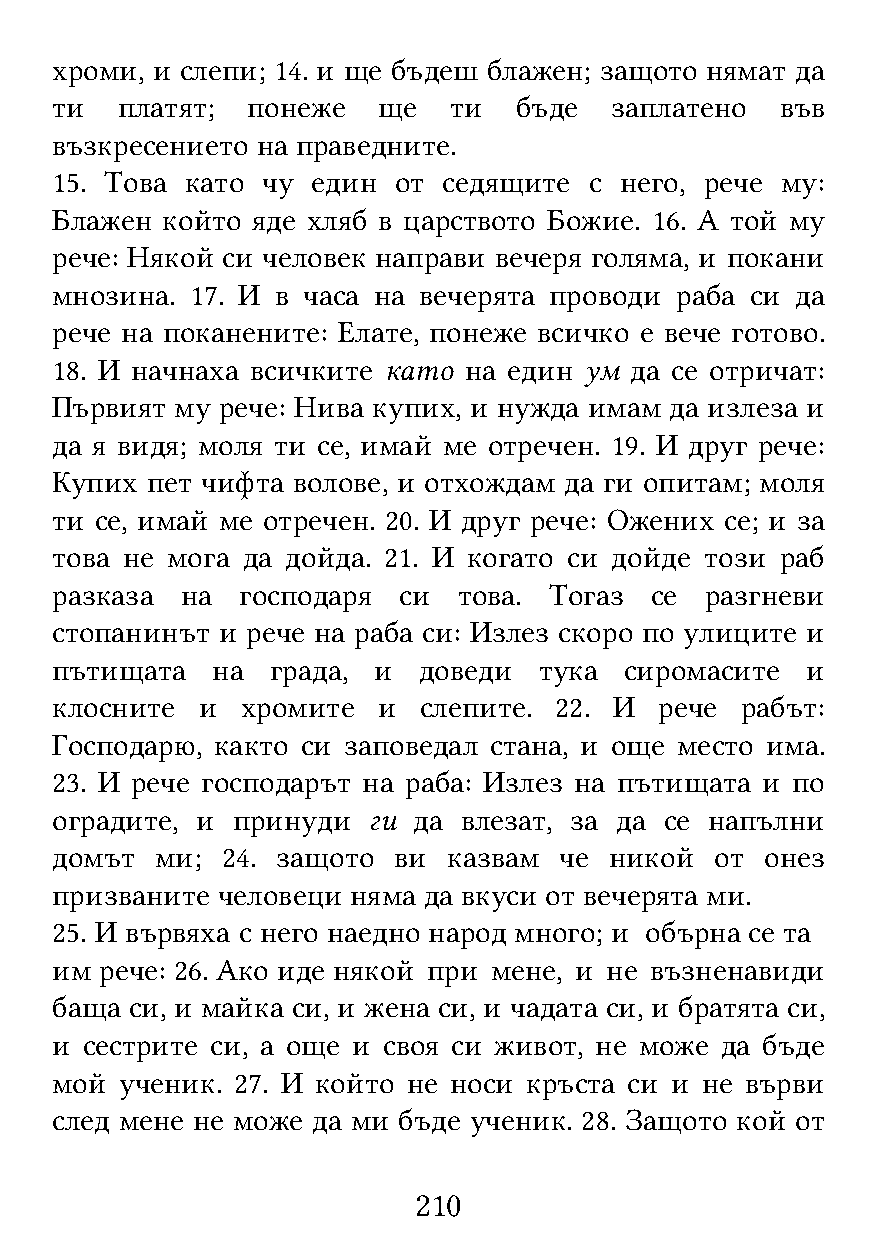
хроми, и слепи; 14. и ще бъдеш блажен; защото нямат да
 ти   платят; понеже   ще   ти  бъде  заплатено   във
 възкресението на праведните.
 15. Това като чу  един от седящите  с него, рече му:
 Блажен  който яде хляб в царството Божие. 16. А той му
 рече: Някой си человек направи вечеря голяма, и покани
 мнозина.  17. И в часа на вечерята проводи раба си да
 рече на поканените: Елате, понеже всичко е вече готово.
 18. И начнаха всичките като на един ум да се отричат:
 Първият  му рече: Нива купих, и нужда имам да излеза и
 да я видя; моля ти се, имай ме отречен. 19. И друг рече:
 Купих  пет чифта волове, и отхождам да ги опитам; моля
 ти се, имай ме отречен. 20. И друг рече: Ожених се; и за
 това не мога да дойда. 21. И когато си дойде този раб
 разказа  на  господаря си  това. Тогаз  се  разгневи
 стопанинът и рече на раба си: Излез скоро по улиците и
 пътищата   на  града, и  доведи  тука сиромасите  и
 клосните  и  хромите  и  слепите. 22. И  рече рабът:
 Господарю, както си заповедал стана, и още место има.
 23. И рече господарът на раба: Излез на пътищата и по
 оградите, и принуди  ги да влезат, за да се напълни
 домът  ми;  24. защото ви  казвам че никой  от  онез
 призваните человеци няма да вкуси от вечерята ми.
 25. И вървяха с него наедно народ много; и обърна се та
 им  рече: 26. Ако иде някой при мене, и не възненавиди
 баща  си, и майка си, и жена си, и чадата си, и братята си,
 и сестрите си, а още и своя си живот, не може да бъде
 мой  ученик. 27. И който не носи кръста си и не върви
 след мене не може да ми бъде ученик. 28. Защото кой от
 210